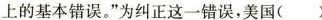
上的基本错误。”为纠正这一错误，美国( )